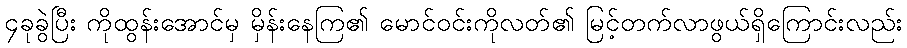
၄ခုခွဲပြီး ကိုထွန်းအောင်မှ မှိန်းနေကြ၏ မောင်ဝင်းကိုလတ်၏ မြင့်တက်လာဖွယ်ရှိကြောင်းလည်း